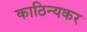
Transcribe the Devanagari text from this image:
काठिन्यकर